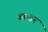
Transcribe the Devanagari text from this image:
बान्डर